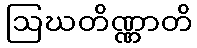
ဩဃတိဏ္ဏာတိ